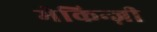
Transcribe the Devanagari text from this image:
मेकिन्ज़ी